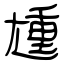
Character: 尰